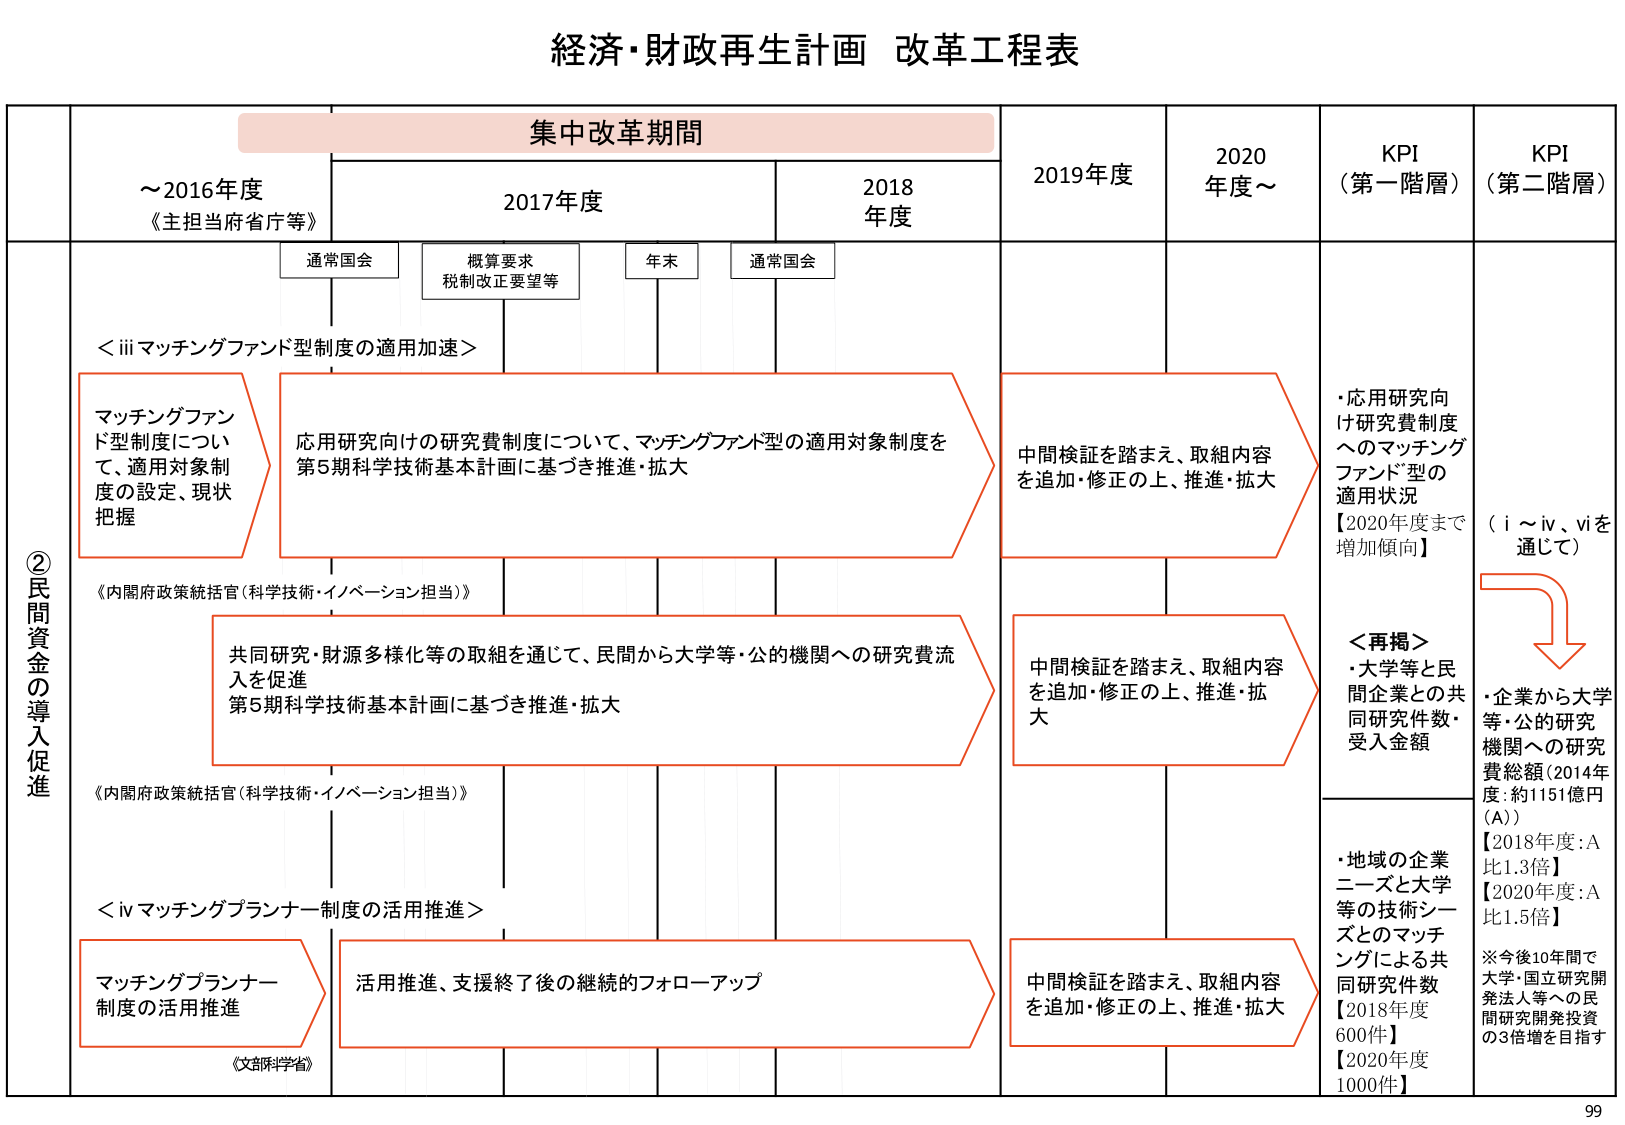
経済・財政再生計画 改革工程表

集中改革期間

～2016年度
《主担当府省庁等》

2017年度

2018年度

2019年度

2020年度～

KPI
（第一階層）

KPI
（第二階層）

通常国会

概算要求
税制改正要望等

年末

通常国会

②民間資金の導入促進

＜ⅲマッチングファンド型制度の適用加速＞

マッチングファンド型制度について、適用対象制度の設定、現状把握

応用研究向けの研究費制度について、マッチングファンド型の適用対象制度を第5期科学技術基本計画に基づき推進・拡大

中間検証を踏まえ、取組内容を追加・修正の上、推進・拡大

・応用研究向け研究費制度へのマッチングファンド型の適用状況
【2020年度まで増加傾向】

（ⅰ～ⅳ、ⅵを通じて）

《内閣府政策統括官（科学技術・イノベーション担当）》

共同研究・財源多様化等の取組を通じて、民間から大学等・公的機関への研究費流入を促進
第5期科学技術基本計画に基づき推進・拡大

中間検証を踏まえ、取組内容を追加・修正の上、推進・拡大

＜再掲＞
・大学等と民間企業との共同研究件数・受入金額

・企業から大学等・公的研究機関への研究費総額（2014年度：約1151億円（A））
【2018年度：A比1.3倍】
【2020年度：A比1.5倍】

※今後10年間で大学・国立研究開発法人等への民間研究開発投資の3倍増を目指す

《内閣府政策統括官（科学技術・イノベーション担当）》

＜ⅳマッチングプランナー制度の活用推進＞

マッチングプランナー制度の活用推進

活用推進、支援終了後の継続的フォローアップ

中間検証を踏まえ、取組内容を追加・修正の上、推進・拡大

・地域の企業ニーズと大学等の技術シーズとのマッチングによる共同研究件数
【2018年度 600件】
【2020年度 1000件】

《文部科学省》

99